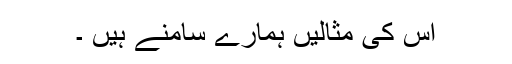
اس کی مثالیں ہمارے سامنے ہیں ۔